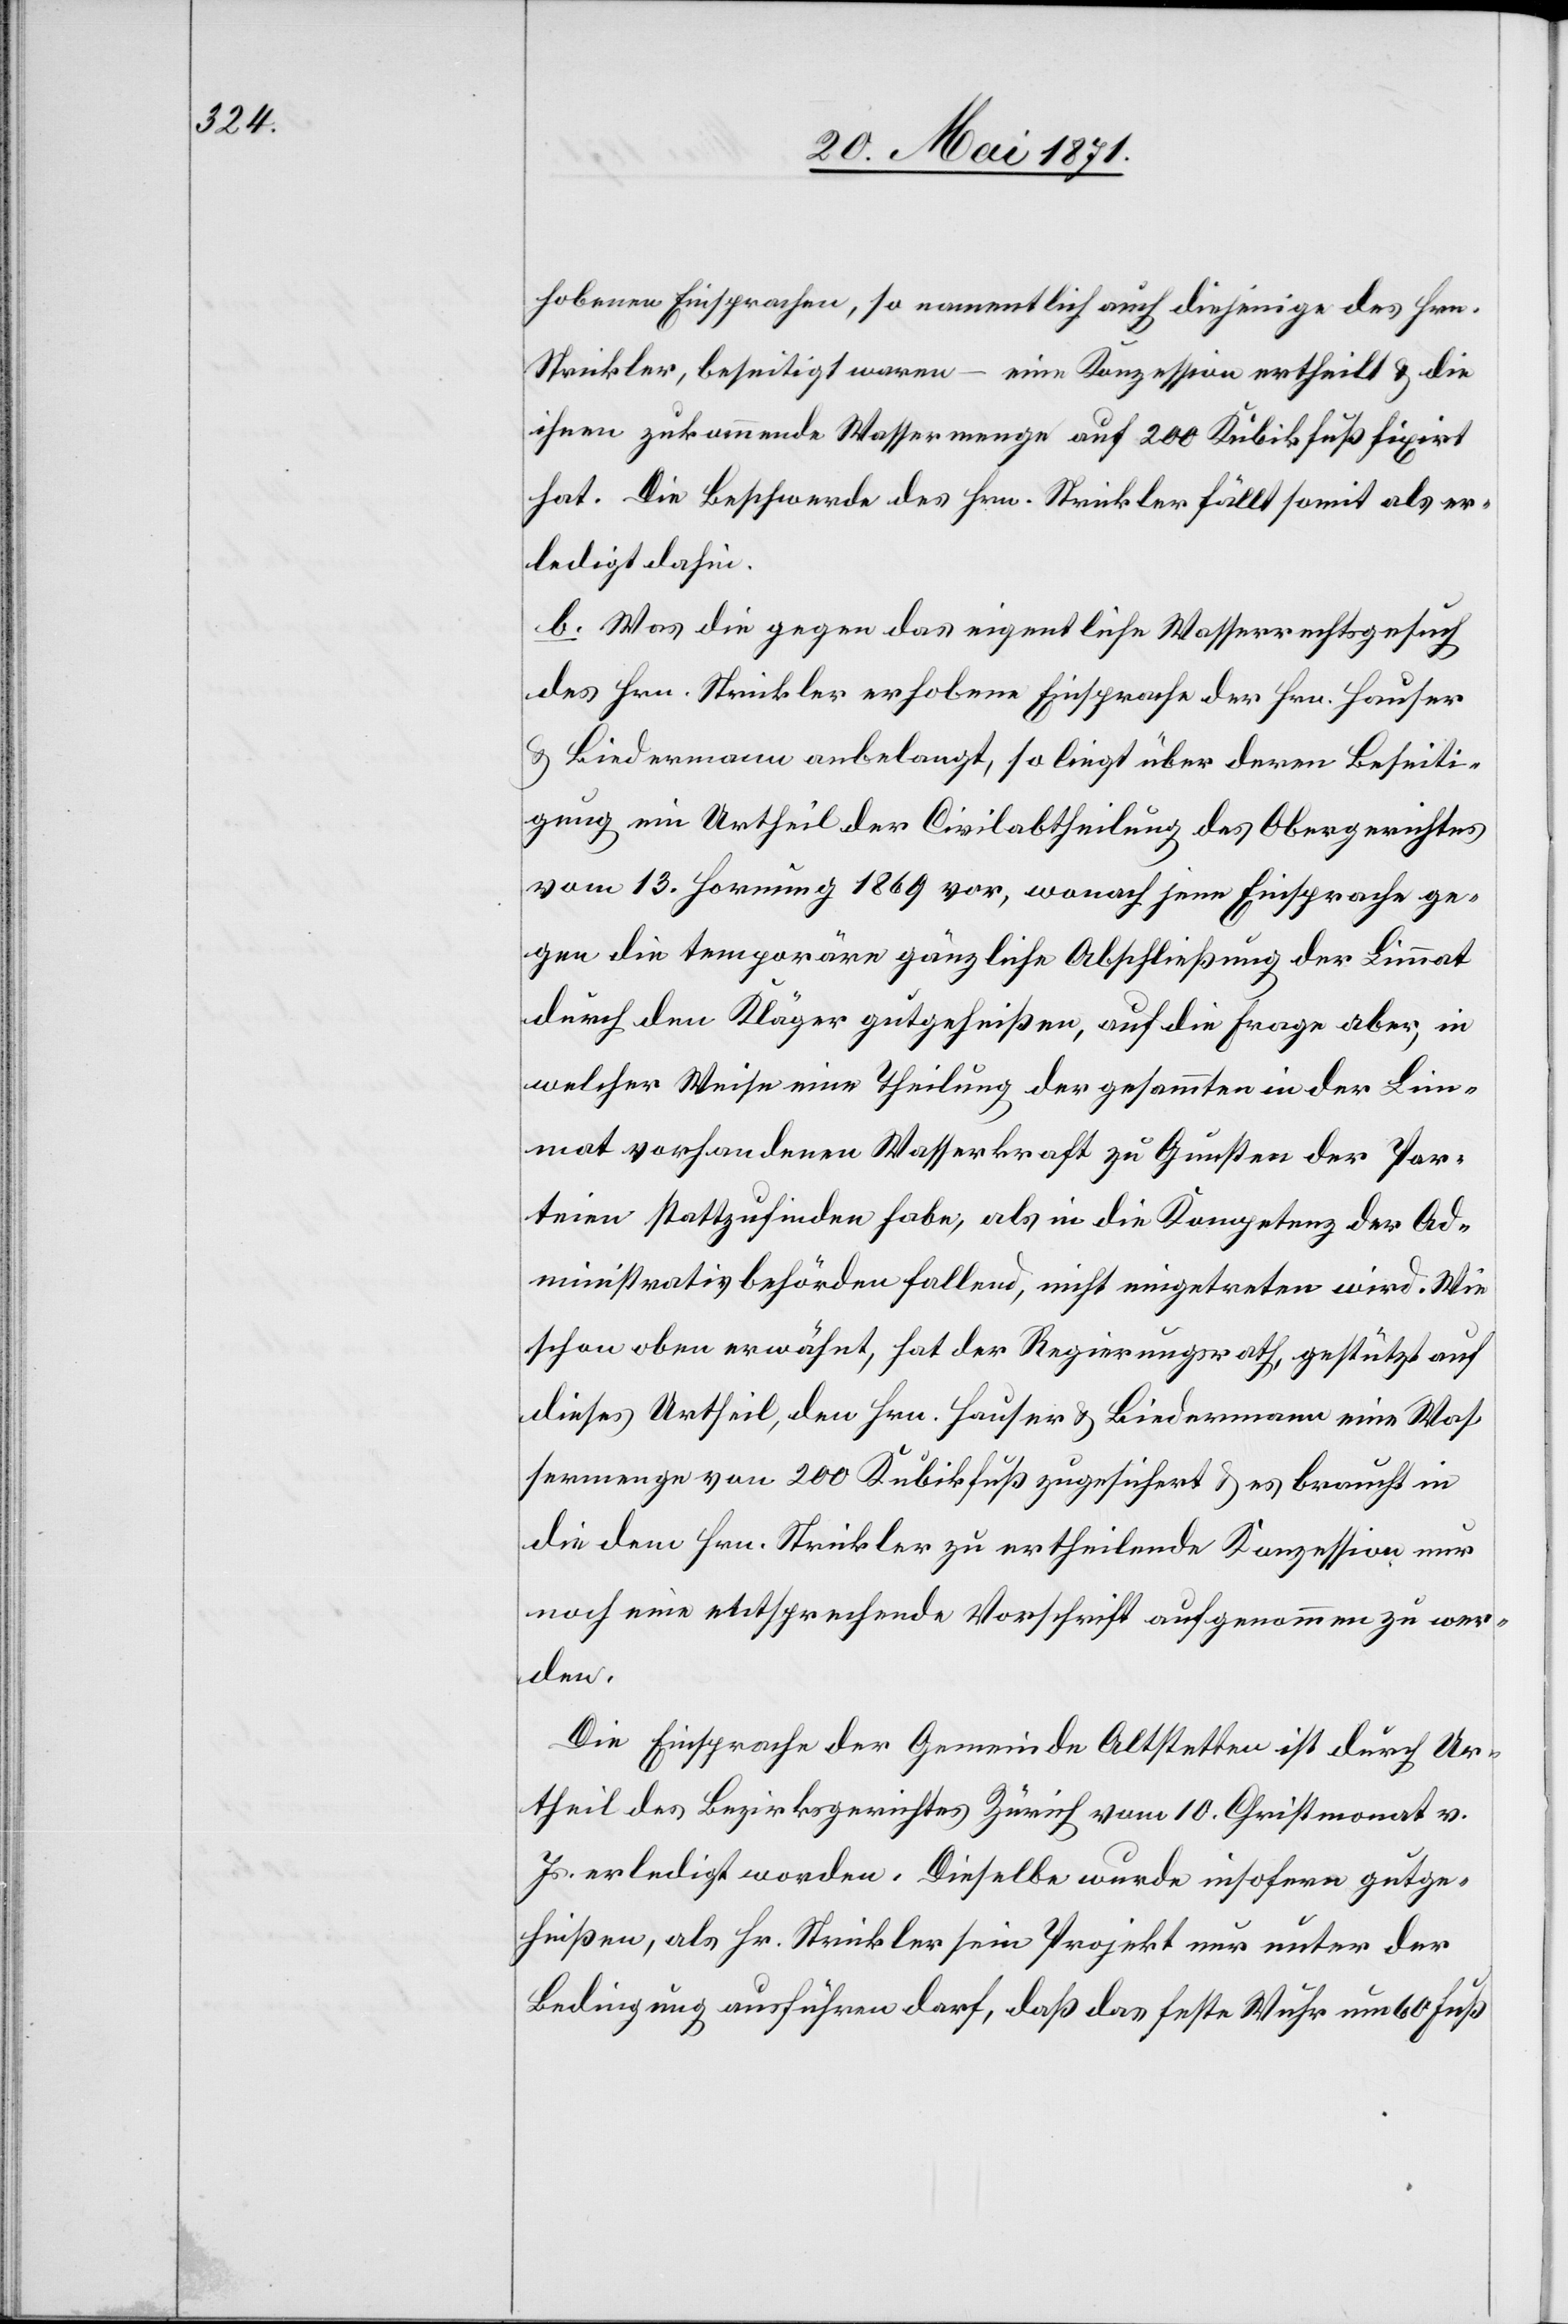
hobenen Einsprachen, so namentlich auch diejenige des Hrn.
Strickler, beseitigt waren – eine Konzession ertheilt u. die
ihnen zukommende Wassermenge auf 200 Kubikfuß fixirt
hat. Die Beschwerde des Hrn. Strickler fällt somit als er¬
ledigt dahin.
b. Was die gegen das eigentliche Wasserrechtsgesuch
des Hrn. Strickler erhobene Einsprache der Hrn. Hauser
u. Biedermann anbelangt, so liegt über deren Beseiti¬
gung ein Urtheil der Civilabtheilung des Obergerichtes
vom 13. Hornung 1869 vor, wonach jene Einsprache ge¬
gen die temporäre gänzliche Abschließung der Limmat
durch den Kläger gutgeheißen, auf die Frage aber, in
welcher Weise eine Theilung der gesammten in der Lim¬
mat vorhandenen Wasserkraft zu Gunsten der Par¬
teien stattzufinden habe, als in die Kompetenz der Ad¬
ministrativbehörden fallend, nicht eingetreten wird. Wie
schon oben erwähnt, hat der Regierungsrath, gestützt auf
dieses Urtheil, den Hrn. Hauser u. Biedermann eine Was¬
sermenge von 200 Kubikfuß zugesichert u. es braucht in
die dem Hrn. Strickler zu ertheilende Konzession nur
noch eine entsprechende Vorschrift aufgenommen zu wer¬
den.
Die Einsprache der Gemeinde Altstetten ist durch Ur¬
theil des Bezirksgerichtes Zürich vom 10. Christmonat v.
Js. erledigt worden. Dieselbe wurde insofern gutge¬
heißen, als Hr. Strickler sein Projekt nur unter der
Bedingung ausführen darf, daß das feste Wuhr um 60 Fuß